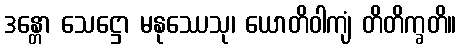
ဒန္တော သေဋ္ဌော မနုဿေသု၊ ယောတိဝါကျံ တိတိက္ခတိ။